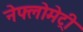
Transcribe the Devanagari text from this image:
नेफ्लोमेट्री